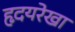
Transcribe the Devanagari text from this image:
हृदयरेखा